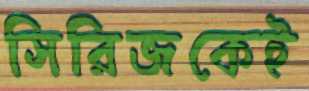
সিরিজকেই